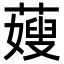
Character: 䕅